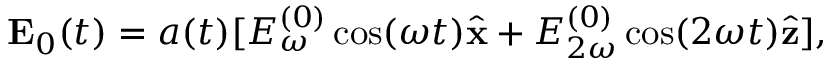
\mathbf { E } _ { 0 } ( t ) = a ( t ) [ E _ { \omega } ^ { ( 0 ) } \cos ( \omega t ) \hat { \mathbf { x } } + E _ { 2 \omega } ^ { ( 0 ) } \cos ( 2 \omega t ) \hat { \mathbf { z } } ] ,